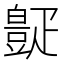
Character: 𪽧